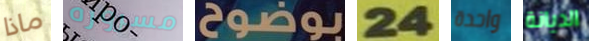
ماذا مسروره بوضوح 24 واحدة الديانة